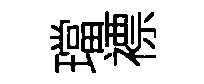
璫褾